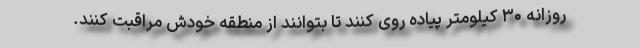
روزانه ۳۰ کیلومتر پیاده روی کنند تا بتوانند از منطقه خودش مراقبت کنند.